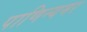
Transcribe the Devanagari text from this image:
पाणिन्यमर